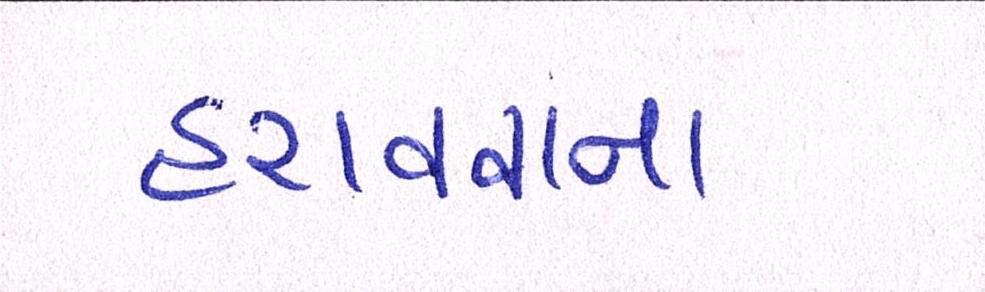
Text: હરાવવાના